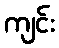
ကျင်း